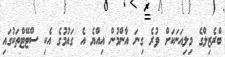
ބްރެޒިލްގެ މިލިއަނަކަށް ވުރެ ގިނަ އާންމުން އިއްޔެ އެ ގައުމުގެ އެކި ސްޓޭޓްތަކުގައި